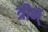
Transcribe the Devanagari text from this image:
त्रीन्